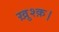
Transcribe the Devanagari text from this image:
ख़ुश्क़।